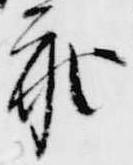
参